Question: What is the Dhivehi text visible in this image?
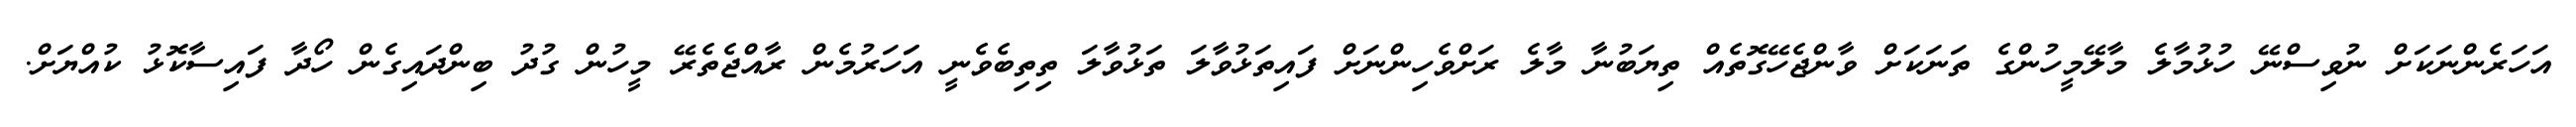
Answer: އަހަރެންނަކަށް ނުވިސްނޭ ހުޅުމާލެ މާލޭމީހުންގެ ތަނަކަށް ވާންޖެހޭގޮތެއް ތިޔަބުނާ މާލެ ރަށްވެހިންނަށް ފައިތަޅުވާލަ ތަޅުވާލަ ތިތިބެވެނީ އަަހަރުމެން ރާއްޖެތެރޭ މީހުން ގުދު ބިންދައިގެން ހޯދާ ފައިސާކޮޅު ކުއްޔަށް.